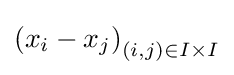
\left(x_{i}-x_{j}\right)_{(i,j)\in I\times I}